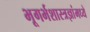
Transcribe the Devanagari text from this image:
भूगर्भशास्त्रज्ञांमध्ये